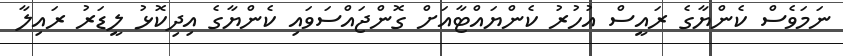
ނަމަވެސް ކެންޔާގެ ރައީސް އުހުރު ކެންޔައްޓާއަށް ގޮންޖައްސަވައި ކެންޔާގެ އިދިކޮޅު ލީޑަރު ރައިލާ